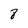
Character: 8